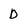
Character: D